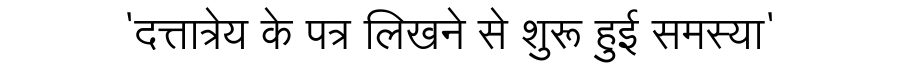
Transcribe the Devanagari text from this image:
'दत्तात्रेय के पत्र लिखने से शुरू हुई समस्या'